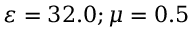
\varepsilon = 3 2 . 0 ; \mu = 0 . 5